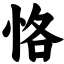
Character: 恪